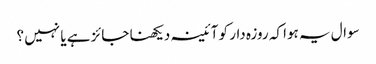
سوال یہ ہوا کہ روزہ دار کو آئینہ دیکھنا جائز ہے یا نہیں ؟